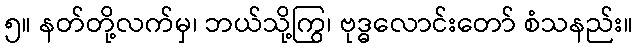
၅။ နတ်တို့လက်မှ၊ ဘယ်သို့ကြွ၊ ဗုဒ္ဓလောင်းတော် စံသနည်း။